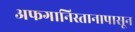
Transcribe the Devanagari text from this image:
अफगानिस्तानापासून